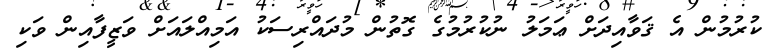
ކުރުމުން އެ ޤަވާއިދަށް ޢަމަލު ނުކުރުމުގެ ގޮތުން މުދައްރިސަކު އަމިއްލައަށް ވަޒީފާއިން ވަކި